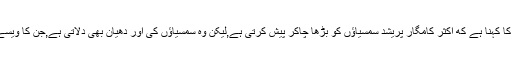
"ایچ آر پرمکھ کا کہنا ہے که اکثر کامگار پریشد سمسیاؤں کو بڑھا چاکر پیش کرتی ہے,لیکن وہ سمسیاؤں کی اور دھیان بھی دلاتی ہے,جن کا ویسے پتہ نہیں چلتا۔